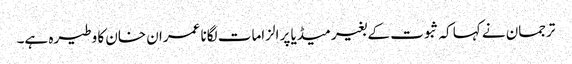
ترجمان نے کہا کہ ثبوت کے بغیر میڈیا پر الزامات لگانا عمران خان کا وطیرہ ہے۔